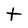
Character: t